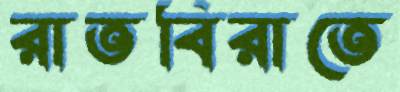
রাতবিরাতে